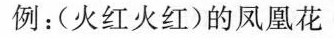
例：(火红火红)的凤凰花